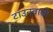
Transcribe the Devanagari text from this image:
टाउनवासी